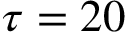
\tau = 2 0